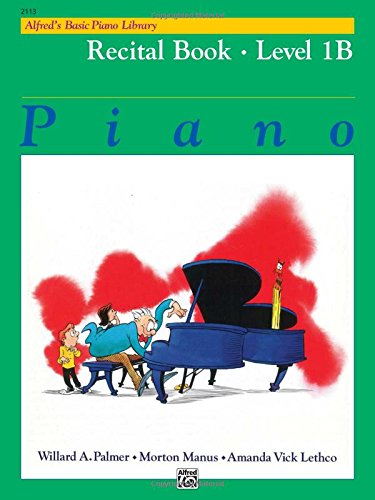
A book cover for Alfred's Basic Piano Library: Piano Recital Book Level 1B; Willard Palmer; Humor & Entertainment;